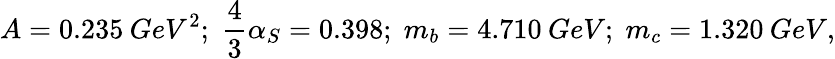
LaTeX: A=0.235\: GeV^{2};\; \frac{4}{3}\alpha_{S}=0.398;\; m_{b}=4.710\: GeV;\; m_{c}=1.320\: GeV,